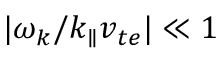
| \omega _ { k } / k _ { \parallel } v _ { t e } | \ll 1